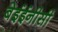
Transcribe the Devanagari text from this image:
बेईईनीसी